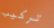
تركيب